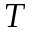
T